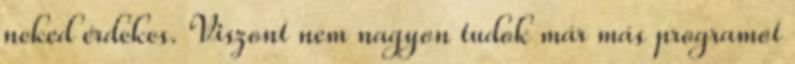
neked érdekes. Viszont nem nagyon tudok már más programot